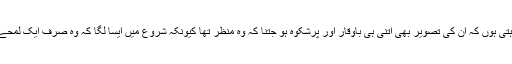
میں صرف یہ چاہتی ہوں کہ ان کی تصویر بھی اُتنی ہی باوقار اور پرشکوہ ہو جتنا کہ وہ منظر تھا کیونکہ شروع میں ایسا لگا کہ وہ صرف ایک لمحے کے لیے رکے۔